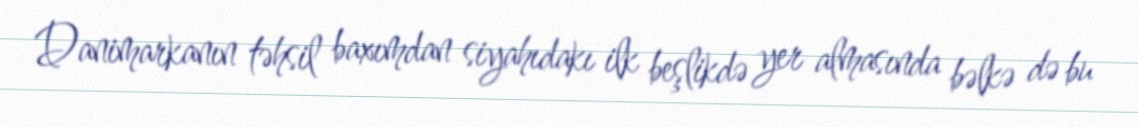
Danimarkanın təhsil baxımdan siyahıdakı ilk beşlikdə yer almasında bəlkə də bu